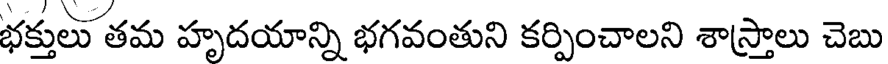
భక్తులు తమ హృదయాన్ని భగవంతుని కర్పించాలని శాస్త్రాలు చెబు